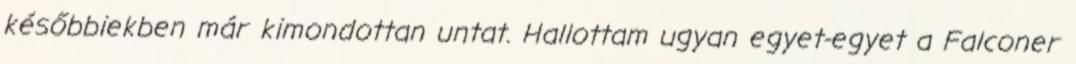
későbbiekben már kimondottan untat. Hallottam ugyan egyet-egyet a Falconer